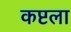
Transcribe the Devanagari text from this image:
कष्टला